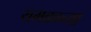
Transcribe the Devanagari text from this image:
यमकाच्या